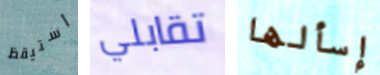
أستيقظ تقابلي إسألها